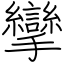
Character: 攣